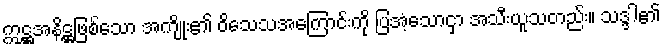
ဣဋ္ဌအနိဋ္ဌဖြစ်သော အကျိုး၏ ဝိသေသအကြောင်းကို ပြအံ့သောငှာ အသီးယူသတည်း။ သဒ္ဒါ၏